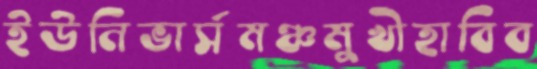
ইউনিভার্সমঞ্চমুখীহাবিব